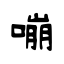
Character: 嘣